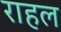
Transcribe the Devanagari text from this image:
राहल